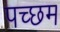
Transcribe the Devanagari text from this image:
पच्छम